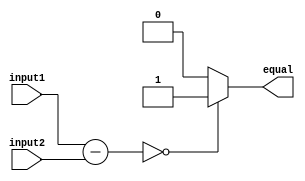
module EqualityComparator (
    input [7:0] input1,
    input [7:0] input2,
    output reg equal
);

reg [7:0] difference;

// Subtract input2 from input1
assign difference = input1 - input2;

// Check if the difference is zero
always @(*) begin
    if (difference == 8'b00000000) begin
        equal = 1'b1; // Input values are equal
    end
    else begin
        equal = 1'b0; // Input values are not equal
    end
end

endmodule